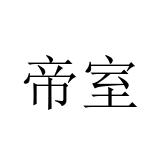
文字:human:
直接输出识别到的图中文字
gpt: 帝室